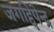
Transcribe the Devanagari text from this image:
जगद्दिपेन्द्र